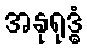
အနုရုဒ္ဓံ